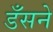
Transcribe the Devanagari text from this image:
डँसने